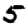
Digit: 5